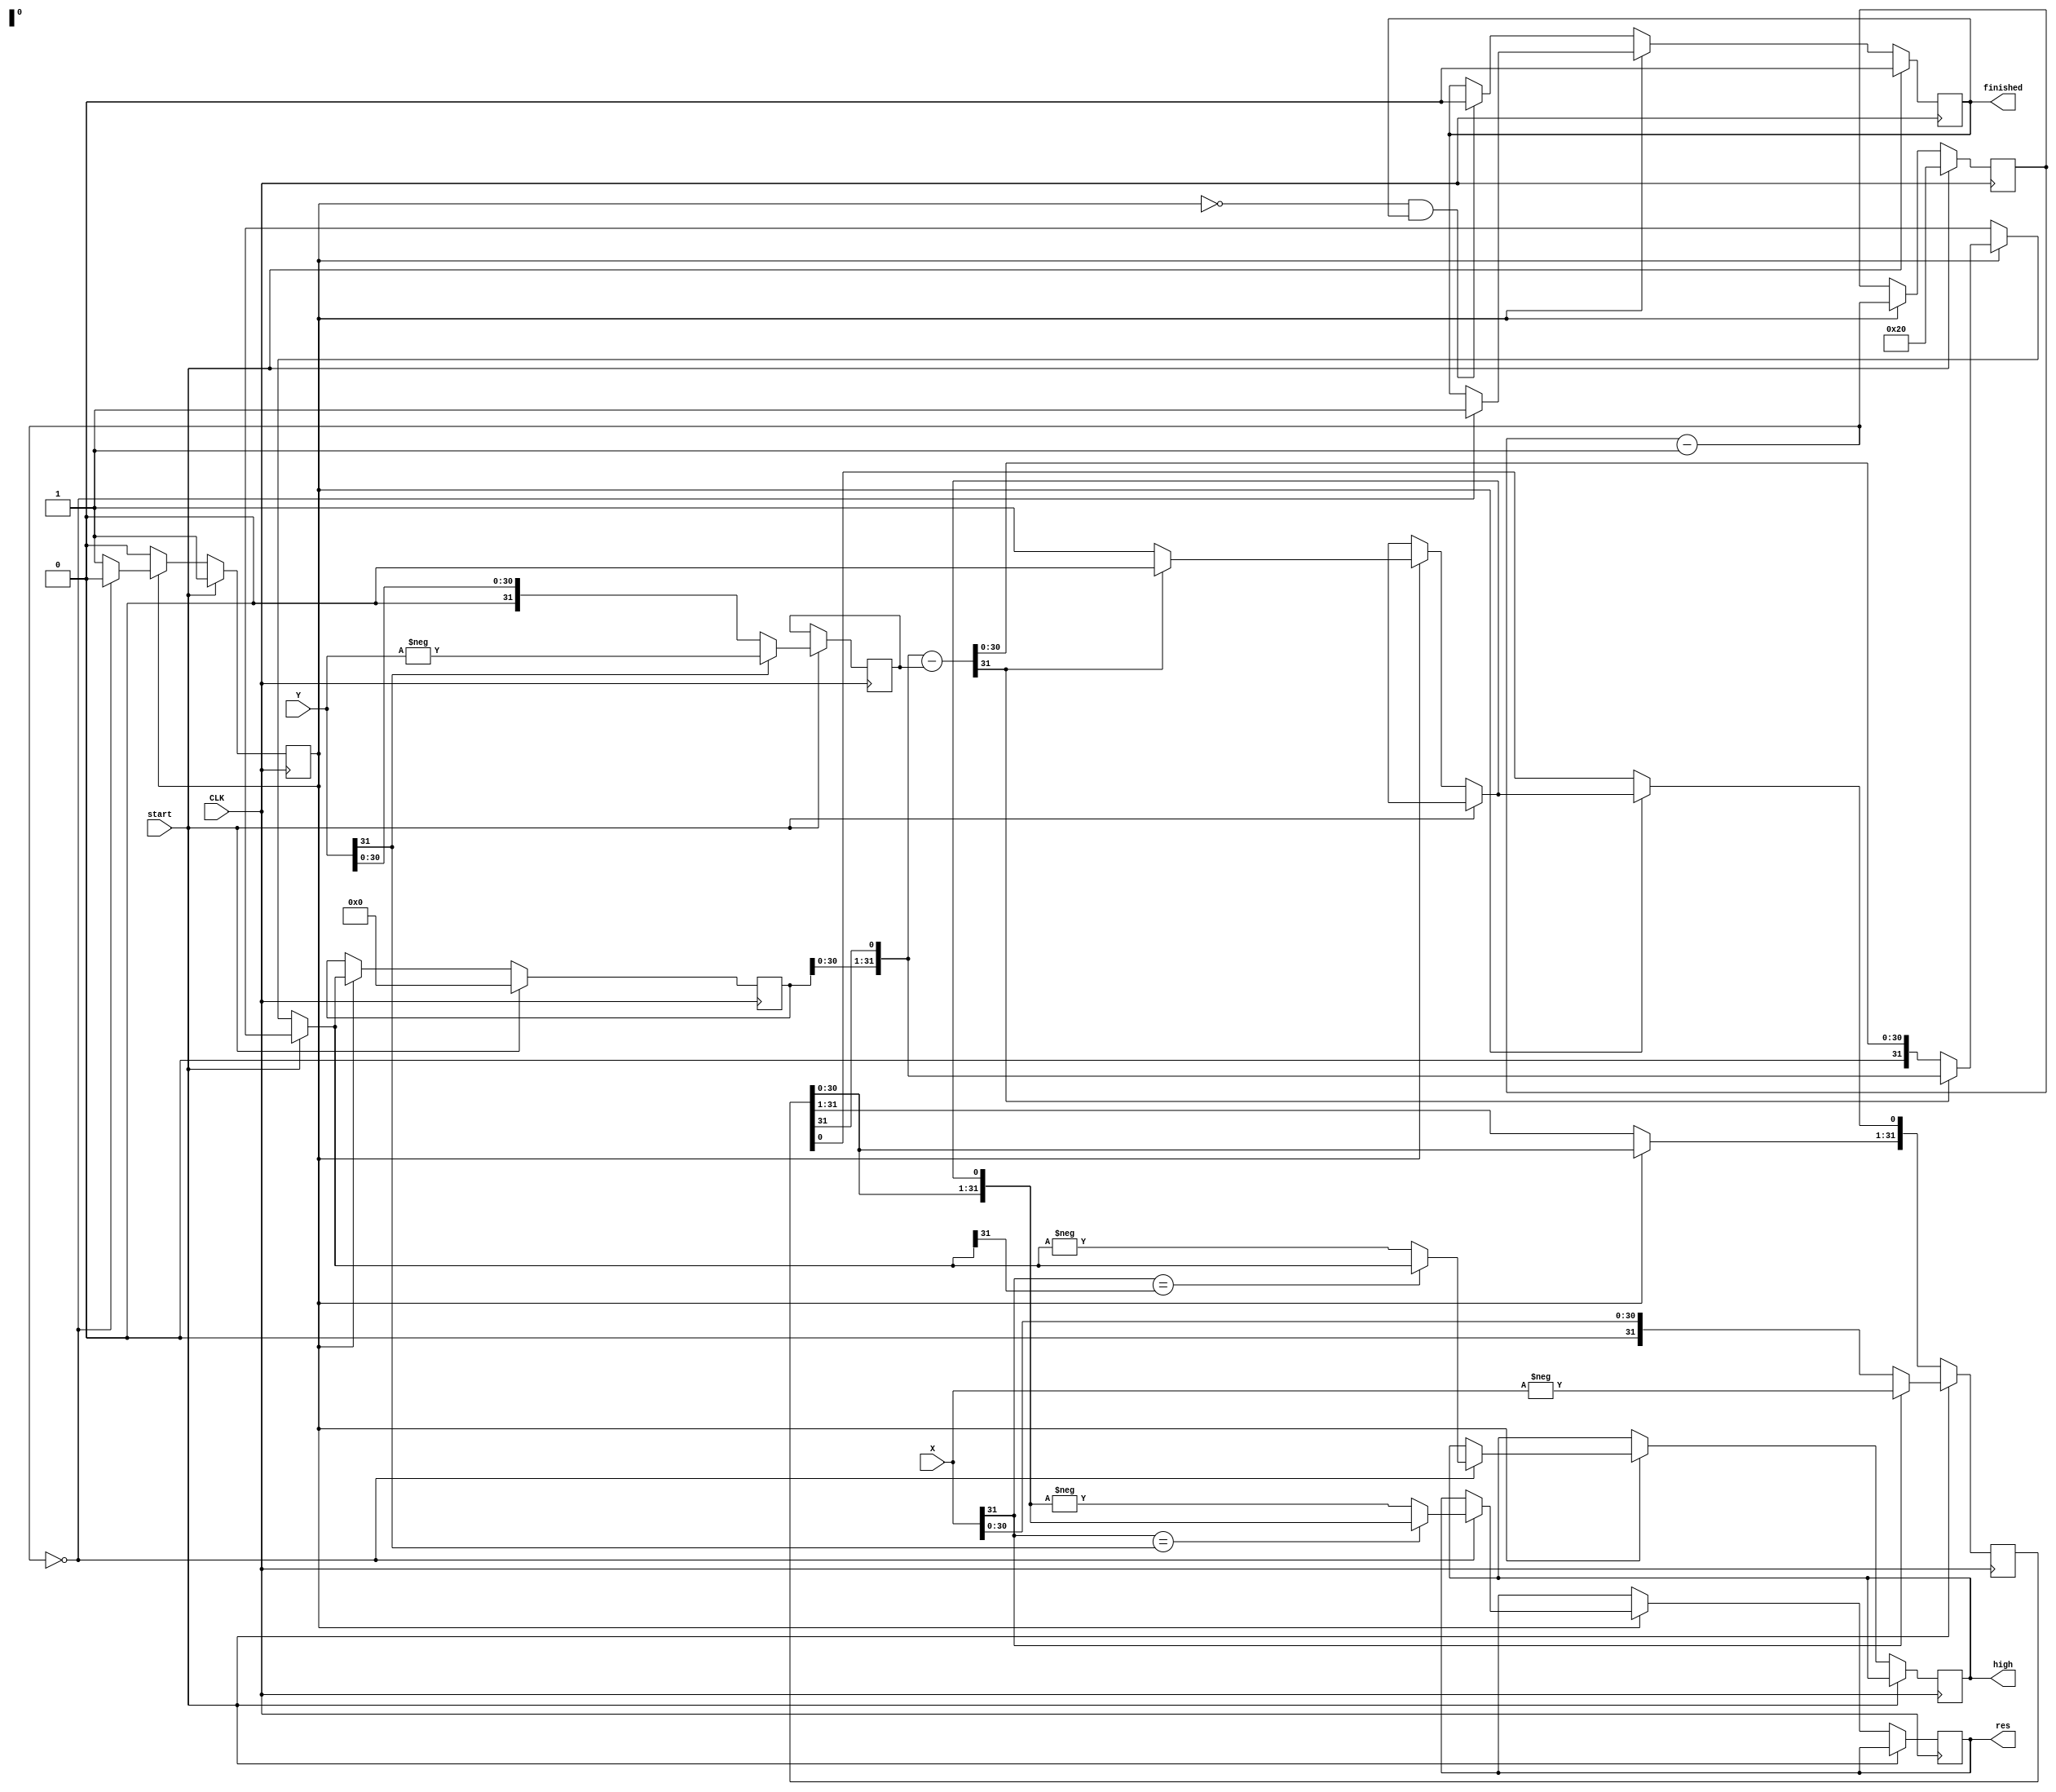
module div#(
	parameter N = 32)(CLK, X, Y, res, high, start, finished);

input CLK;
// X / Y
input [N-1:0]  X, Y;
// result of the division, and remainder
output reg [N-1:0] res, high;
// if high, start division; otherwise must be low
input start;
// goes high when division is finished
output reg finished;

// local variables
reg started;
reg [N-1:0] A, Q, M, newA;
reg [7:0] n;

always @ (posedge CLK) begin

	if (start) begin
		started <= 1'b1;
		finished <= 1'b0;
		newA <= 0;
		A <= 0;
		if (X[N-1] == 0) begin
			Q <= X;
		end
		else begin
			Q <= -X;
		end
		if (Y[N-1] == 0) begin
			M <= Y;
		end
		else begin
			M <= -Y;
		end
		n <= N;
	end
	else if (started) begin
		A = {A[N-2:0], Q[N-1]};
		Q = Q << 1;
		newA = A - M;
$display("newA: %x, A: %x, Q: %x, n: %x, M: %x,finished: %d", newA, A, Q, n, M, finished);
		if (newA[N-1] == 0) begin
			A = newA;
			Q[0] = 1'b1;
		end
		n = n - 1'b1;
		if (n == 0) begin
			started <= 1'b0;
			finished <= 1'b1;
			if (X[N-1] == Y[N-1]) begin
				res <= Q;
			end 
			else begin
				res <= -Q;
			end
			if (X[N-1] == A[N-1]) begin
				high <= A;
			end 
			else begin
				high <= -A;
			end
		end
	end
	else if (!started && finished) begin
		finished <= 1'b0;
	end
$display("newA: %x, A: %x, Q: %x, n: %x, M: %x,finished: %d", newA, A, Q, n, M, finished);
end

initial begin
	started <= 1'b0;
	finished <= 1'b0;
end
endmodule